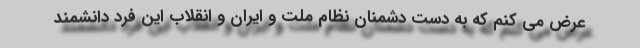
عرض می کنم که به دست دشمنان نظام ملت و ایران و انقلاب این فرد دانشمند